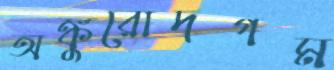
অঙ্কুরোদগম